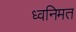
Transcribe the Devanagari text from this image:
ध्वनिमत